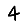
Digit: 4